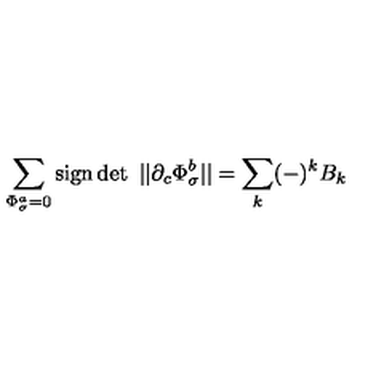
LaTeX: \sum _ { \Phi _ { \sigma } ^ { a } = 0 } \mathrm { s i g n } \det \ | | \partial _ { c } \Phi _ { \sigma } ^ { b } | | = \sum _ { k } ( - ) ^ { k } B _ { k }